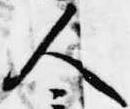
人